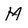
Character: M